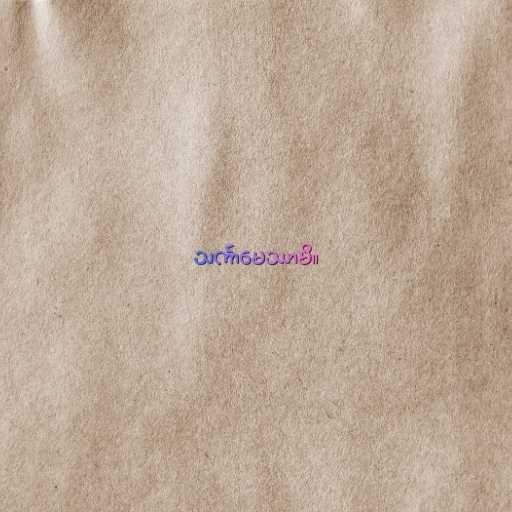
သင်္ကာမေဿာမိ။